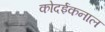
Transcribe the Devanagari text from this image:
कोदईकनाल